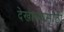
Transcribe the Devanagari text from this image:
देखाव्यासाठी